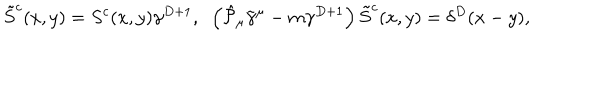
LaTeX: \tilde { S } ^ { c } ( x , y ) = S ^ { c } ( x , y ) \gamma ^ { D + 1 } , \; \; \left( \hat { { \cal P } } _ { \mu } \tilde { \gamma } ^ { \mu } - m \gamma ^ { D + 1 } \right) \tilde { S } ^ { c } ( x , y ) = \delta ^ { D } ( x - y ) ,